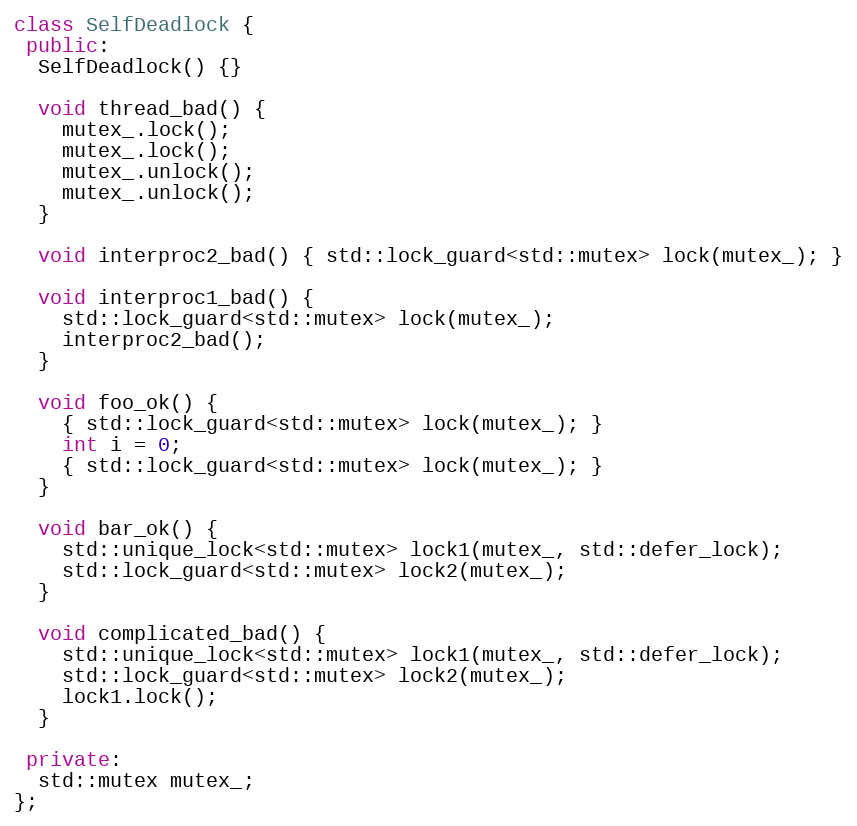
Language: C++
class SelfDeadlock {
 public:
  SelfDeadlock() {}

  void thread_bad() {
    mutex_.lock();
    mutex_.lock();
    mutex_.unlock();
    mutex_.unlock();
  }

  void interproc2_bad() { std::lock_guard<std::mutex> lock(mutex_); }

  void interproc1_bad() {
    std::lock_guard<std::mutex> lock(mutex_);
    interproc2_bad();
  }

  void foo_ok() {
    { std::lock_guard<std::mutex> lock(mutex_); }
    int i = 0;
    { std::lock_guard<std::mutex> lock(mutex_); }
  }

  void bar_ok() {
    std::unique_lock<std::mutex> lock1(mutex_, std::defer_lock);
    std::lock_guard<std::mutex> lock2(mutex_);
  }

  void complicated_bad() {
    std::unique_lock<std::mutex> lock1(mutex_, std::defer_lock);
    std::lock_guard<std::mutex> lock2(mutex_);
    lock1.lock();
  }

 private:
  std::mutex mutex_;
};